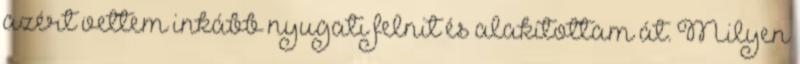
azért vettem inkább nyugati felnit és alakítottam át. Milyen